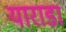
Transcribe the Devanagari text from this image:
याराडा